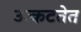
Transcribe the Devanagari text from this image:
उत्कटतेत